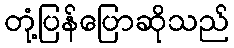
တုံ့ပြန်ပြောဆိုသည်